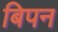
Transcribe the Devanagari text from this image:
बिपन